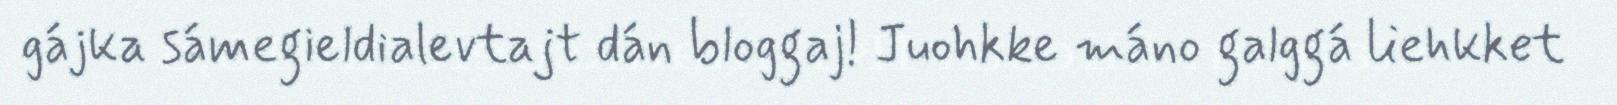
gájka sámegieldialevtajt dán bloggaj! Juohkke máno galggá liehkket